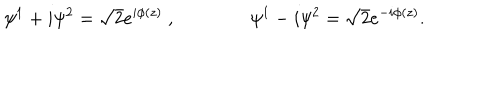
\psi ^ { 1 } + i \psi ^ { 2 } = \sqrt 2 e ^ { i \phi ( z ) } \ , \qquad \qquad \psi ^ { 1 } - i \psi ^ { 2 } = \sqrt 2 e ^ { - i \phi ( z ) } .